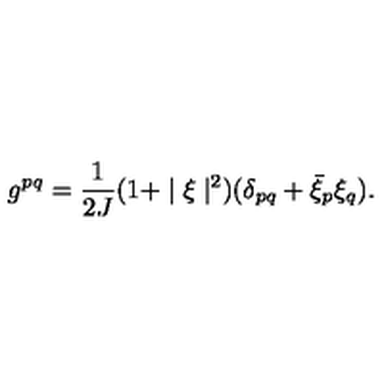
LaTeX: g ^ { p q } = \frac { 1 } { 2 J } ( 1 + \mid \xi \mid ^ { 2 } ) ( \delta _ { p q } + { \bar { \xi } } _ { p } \xi _ { q } ) .